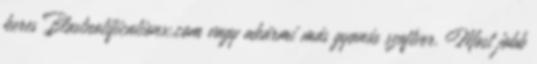
keres Blastnotificationx.com vagy akármi más gyanús szoftver. Most jobb